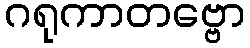
ဂရုကာတဗ္ဗော